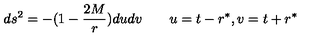
d s ^ { 2 } = - ( 1 - { \frac { 2 M } { r } } ) d u d v \qquad u = t - r ^ { * } , v = t + r ^ { * }